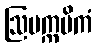
ဩပက္ကမိကံ